Report of the Indian Hemp Drugs Commission, 1894-1895 - Volume VIII
Year: 1894
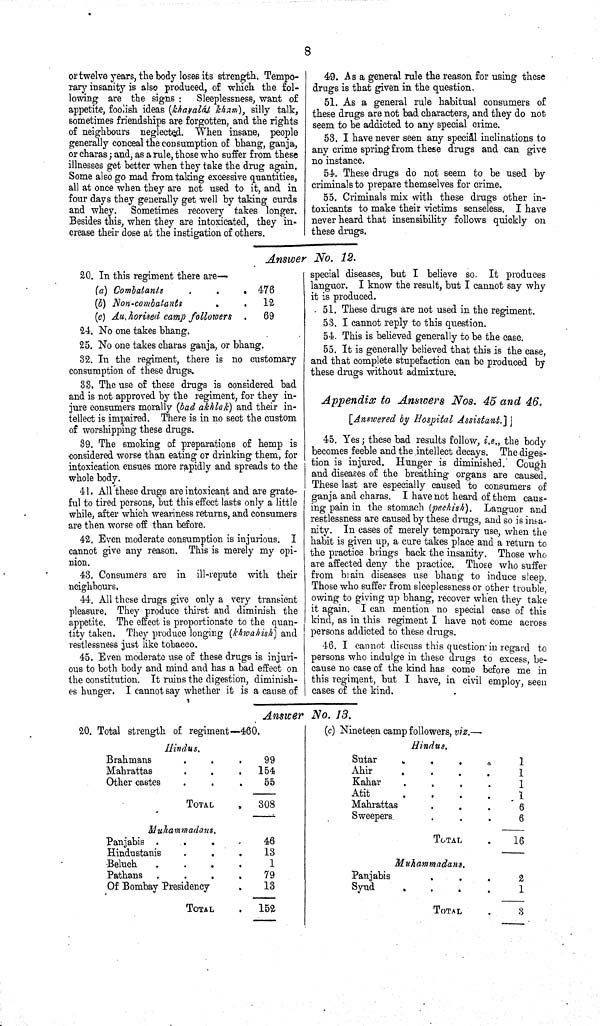
8
or twelve years, the body loses its strength. Tempo-
rary insanity is also produced, of which the fol-
lowing are the signs:
Sleeplessness, want of
appetite, foolish ideas (khayalál kham), silly talk,
sometimes friendships are forgotten, and the rights
of neighbours neglected. When insane, people
generally conceal the consumption of bhang, ganja,
or charas; and, as a rule, those who suffer from these
illnesses get better when they take the drug again.
Some also go mad from taking excessive quantities,
all at once when they are not used to it, and in
four days they generally get well by taking curds
and whey. Sometimes recovery takes longer.
Besides this, when they are intoxicated, they in-
crease their dose at the instigation of others.
49. As a general rule the reason for using these
drugs is that given in the question.
51. As a general rule habitual consumers of
these drugs are not bad characters, and they do not
seem to be addicted to any special crime.
53. I have never seen any special inclinations to
any crime spring from these drugs and can give
no instance.
54. These drugs do not seem to be used by
criminals to prepare themselves for crime.
55. Criminals mix with these drugs other in-
toxicants to make their victims senseless. I have
never heard that insensibility follows quickly on
these drugs.
Answer No. 12.
20. In this regiment there are—
(a) Combatants
476
(b) Non-combatants
12
(c) Authorised camp followers
69
24. No one takes bhang.
25. No one takes charas ganja, or bhang.
32. In the regiment, there is no customary
consumption of these drugs.
33. The use of these drugs is considered bad
and is not approved by the regiment, for they in-
jure consumers morally (bad akhlok) and their in-
tellect is impaired. There is in no sect the custom
of worshipping these drugs.
39. The smoking of preparations of hemp is
considered worse than eating or drinking them, for
intoxication ensues more rapidly and spreads to the
whole body.
41. All these drugs are intoxicant and are grate-
ful to tired persons, but this effect lasts only a little
while, after which weariness returns, and consumers
are then worse off than before.
42. Even moderate consumption is injurious. I
cannot give any reason. This is merely my opi-
nion.
43. Consumers are in ill-repute with their
neighbours.
44. All these drugs give only a very transient
pleasure. They produce thirst and diminish the
appetite. The effect is proportionate to the quan-
tity taken. They produce longing (khwahish) and
restlessness just like tobacco.
45. Even moderate use of these drugs is injuri-
ous to both body and mind and has a bad effect on
the constitution. It ruins the digestion, diminish-
es hunger. I cannot say whether it is a cause of
special diseases, but I believe so. It produces
languor. I know the result, but I cannot say why
it is produced.
51. These drugs are not used in the regiment.
53. I cannot reply to this question.
54. This is believed generally to be the case.
55. It is generally believed that this is the case,
and that complete stupefaction can be produced by
these drugs without admixture.
Appendix to Answers Nos. 45 and 46.
[Answered by Hospital
Assistant.]
45. Yes; these bad results follow, i.e., the body
becomes feeble and the intellect decays. The diges-
tion is injured. Hunger is diminished. Cough
and diseases of the breathing organs are caused.
These last are especially caused to consumers of
ganja and charas. I have not heard of them caus-
ing pain in the stomach (pechish). Languor and
restlessness are caused by these drugs, and so is insa-
nity. In cases of merely temporary use, when the
habit is given up, a cure takes place and a return to
the practice brings back the insanity. Those who
are affected deny the practice. Those who suffer
from brain diseases use bhang to induce sleep.
Those who suffer from sleeplessness or other trouble,
owing to giving up bhang, recover when they take
it again. I can mention no special case of this
kind, as in this regiment I have not come across
persons addicted to these drugs.
46. I cannot discuss this question in regard to
persons who indulge in these drugs to excess, be-
cause no case of the kind has come before me in
this regiment, but I have, in civil employ, seen
cases of the kind.
Answer No. 13.
20. Total strength of regiment—460.
Hindus.
Brahmans
99
Mahrattas
154
Other castes
55
TOTAL
308
Muhammadans.
Panjabis
46
Hindustanis
13
Beluch
1
Pathans
79
Of Bombay Presidency
13
TOTAL
152
(c) Nineteen camp followers, viz.—
Hindus.
Sutar
1
Ahir
1
Kahar
1
Atit
1
Mahrattas
6
Sweepers
6
TOTAL
16
Muhammadans.
Panjabis
2
Syud
1
TOTAL
3